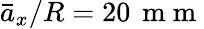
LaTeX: \bar{a}_{x}/R=20\, \mathrm{~m~m~}